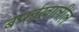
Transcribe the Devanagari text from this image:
बर्फाखालील